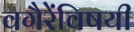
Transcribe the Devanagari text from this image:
वगैरेंविषयी